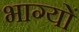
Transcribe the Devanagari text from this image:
भाग्यों